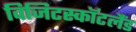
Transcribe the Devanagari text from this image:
विजिटस्कॉटलैंड